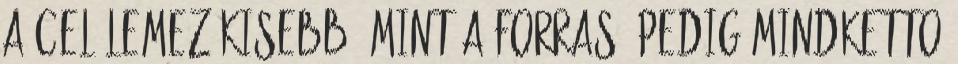
a cel lemez kisebb. mint a forras, pedig mindketto